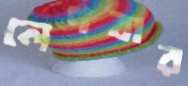
লেপবার